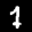
Label: 1